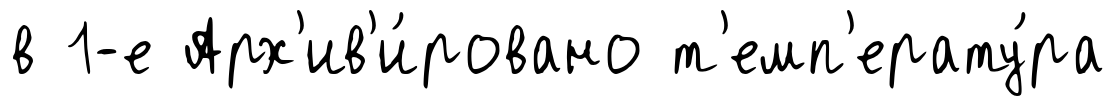
в 1-е Арх'ив'и́ровано т'емп'ерату́ра